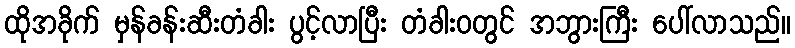
ထိုအခိုက် မှန်ခန်းဆီးတံခါး ပွင့်လာပြီး တံခါးဝတွင် အဘွားကြီး ပေါ်လာသည်။